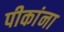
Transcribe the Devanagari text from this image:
पीकांना